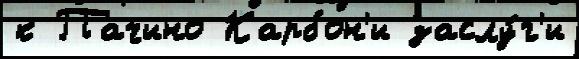
к Пачино Карбон'и заслу́г'и